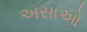
અસાઓ